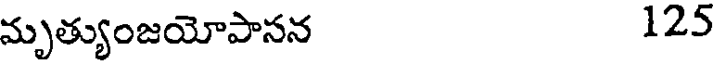
మృత్యుంజయోపానన 125